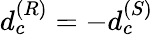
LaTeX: d_{c}^{(R)}=-d_{c}^{(S)}